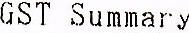
GST SUMMARY